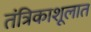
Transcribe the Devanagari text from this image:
तंत्रिकाशूलात